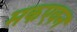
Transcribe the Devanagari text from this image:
मकएवन